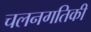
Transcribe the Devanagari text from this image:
चलनगतिकी